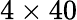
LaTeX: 4\times 40